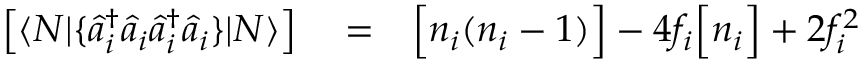
\begin{array} { r l r } { \left[ \langle N | \{ \hat { a } _ { i } ^ { \dagger } \hat { a } _ { i } \hat { a } _ { i } ^ { \dagger } \hat { a } _ { i } \} | N \rangle \right] } & { { } = } & { \Big [ n _ { i } ( n _ { i } - 1 ) \Big ] - 4 f _ { i } \Big [ n _ { i } \Big ] + 2 f _ { i } ^ { 2 } } \end{array}